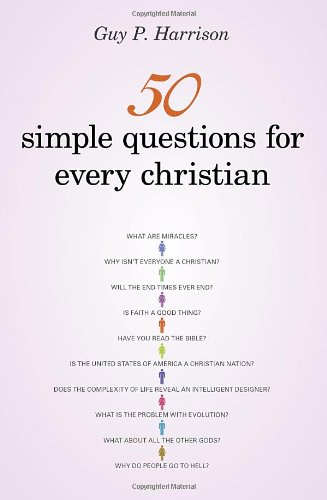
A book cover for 50 Simple Questions for Every Christian; Guy P. Harrison; Religion & Spirituality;